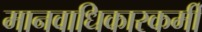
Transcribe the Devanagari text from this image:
मानवाधिकारकर्मी